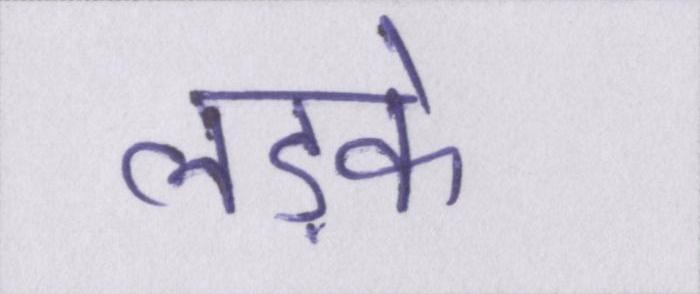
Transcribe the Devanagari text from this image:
लड़के